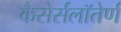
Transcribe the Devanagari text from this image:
कैसेर्सलॉतेर्ण